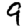
Digit: 9